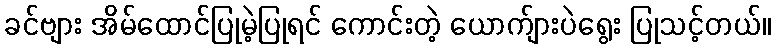
ခင်ဗျား အိမ်ထောင်ပြုမဲ့ပြုရင် ကောင်းတဲ့ ယောက်ျားပဲရွေး ပြုသင့်တယ်။